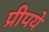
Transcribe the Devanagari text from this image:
प्रीपये